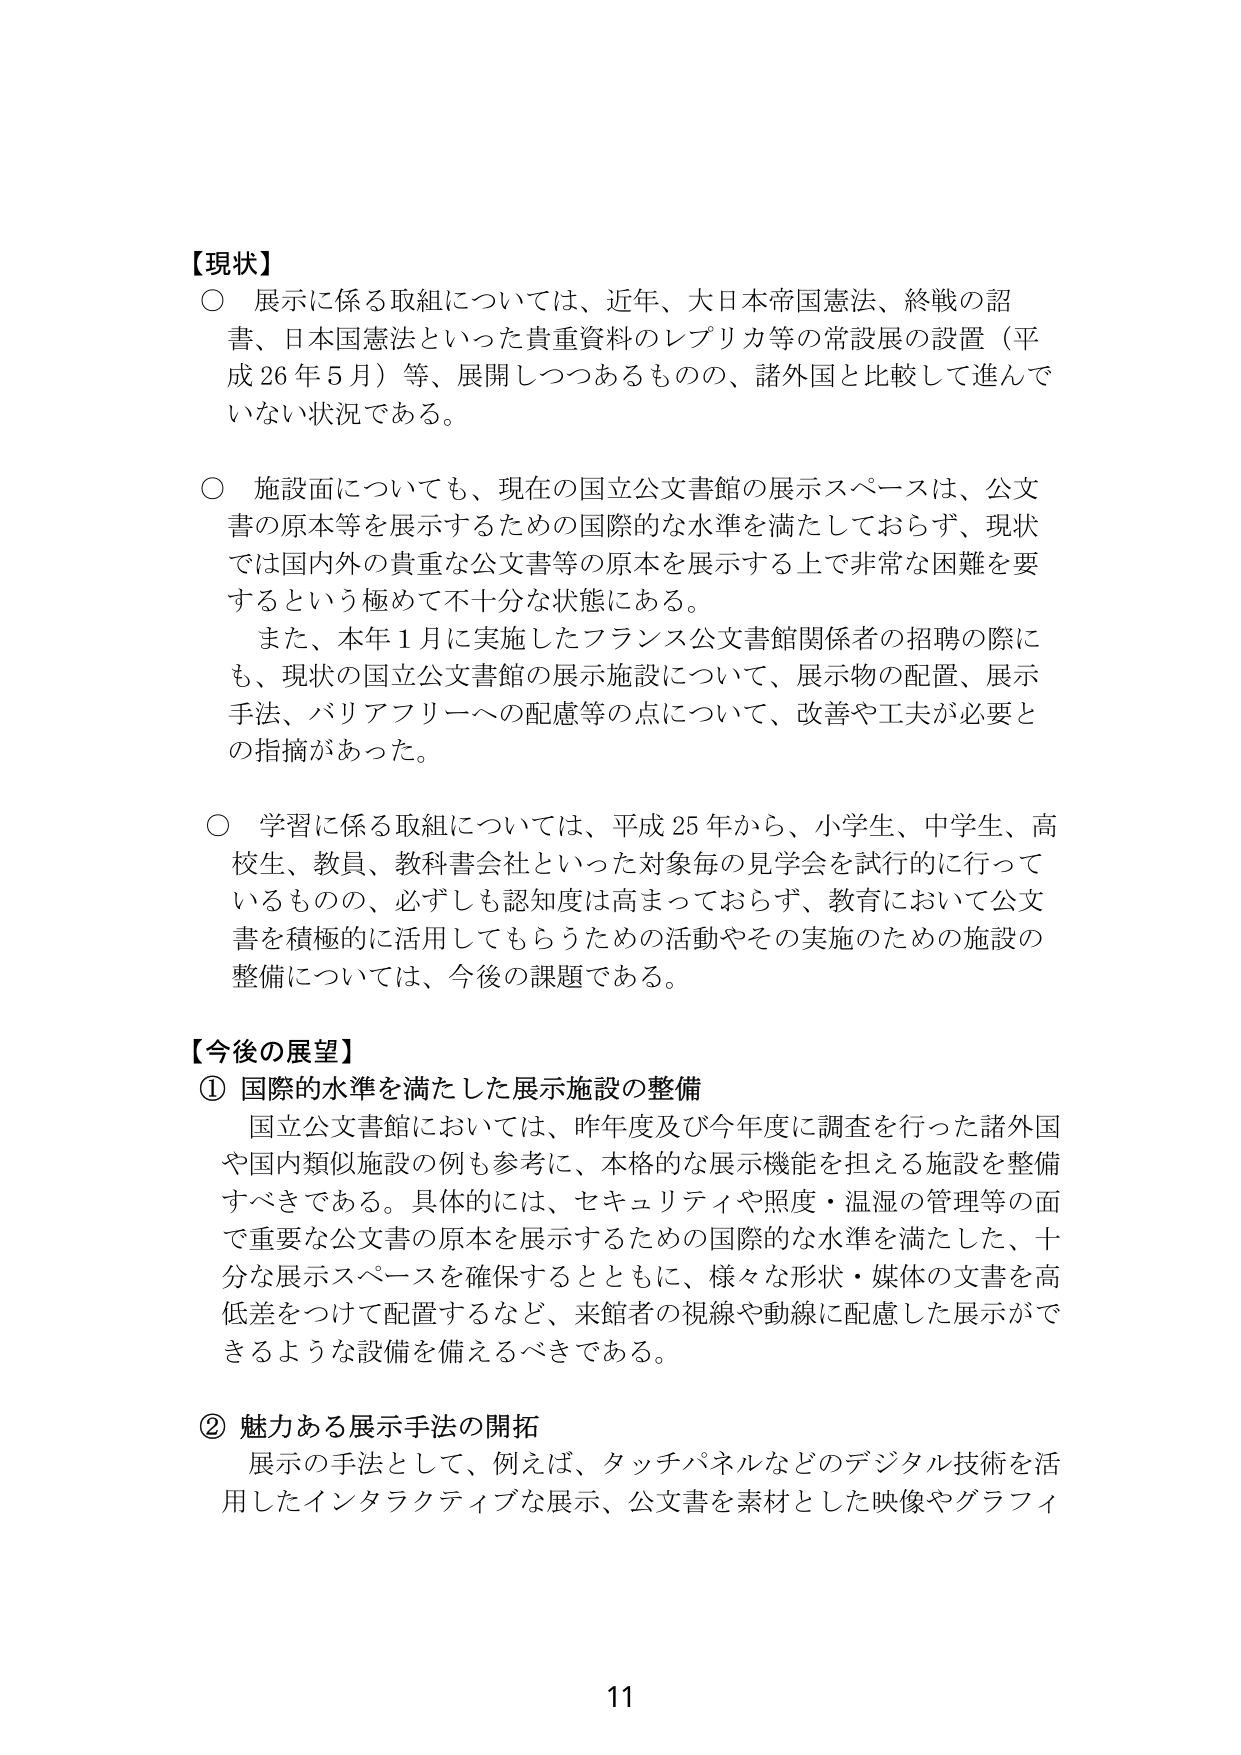
【現状】
○ 展示に係る取組については、近年、大日本帝国憲法、終戦の詔書、日本国憲法といった貴重資料のレプリカ等の常設展の設置（平成26年5月）等、展開しつつあるものの、諸外国と比較して進んでいない状況である。

○ 施設面についても、現在の国立公文書館の展示スペースは、公文書の原本等を展示するための国際的な水準を満たしておらず、現状では国内外の貴重な公文書等の原本を展示する上で非常な困難を要するという極めて不十分な状態にある。
　また、本年1月に実施したフランス公文書館関係者の招聘の際にも、現状の国立公文書館の展示施設について、展示物の配置、展示手法、バリアフリーへの配慮等の点について、改善や工夫が必要との指摘があった。

○ 学習に係る取組については、平成25年から、小学生、中学生、高校生、教員、教科書会社といった対象毎の見学会を試行的に行っているものの、必ずしも認知度は高まっておらず、教育において公文書を積極的に活用してもらうための活動やその実施のための施設の整備については、今後の課題である。

【今後の展望】
① 国際的水準を満たした展示施設の整備
　国立公文書館においては、昨年度及び今年度に調査を行った諸外国や国内類似施設の例も参考に、本格的な展示機能を担える施設を整備すべきである。具体的には、セキュリティや照度・温湿の管理等の面で重要な公文書の原本を展示するための国際的な水準を満たした、十分な展示スペースを確保するとともに、様々な形状・媒体の文書を高低差をつけて配置するなど、来館者の視線や動線に配慮した展示ができるような設備を備えるべきである。

② 魅力ある展示手法の開拓
　展示の手法として、例えば、タッチパネルなどのデジタル技術を活用したインタラクティブな展示、公文書を素材とした映像やグラフィ

11